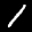
Label: 1